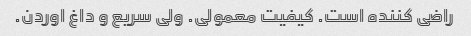
راضی کننده است. کیفیت معمولی. ولی سریع و داغ اوردن.